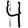
Digit: 4